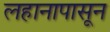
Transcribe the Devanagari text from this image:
लहानापासून